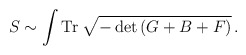
\begin{align*}S \sim \int {\rm Tr}\; \sqrt{-\det \left( G + B + F \right)}\,.\end{align*}